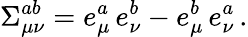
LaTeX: \Sigma_{\mu\nu}^{ab}=e_{\mu}^{a}\, e_{\nu}^{b}-e_{\mu}^{b}\, e_{\nu}^{a}\, .